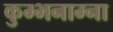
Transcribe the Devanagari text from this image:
कुम्भनाम्ना